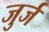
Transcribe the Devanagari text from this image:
जुर्ज